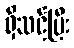
ရှိသင့်ပြီး